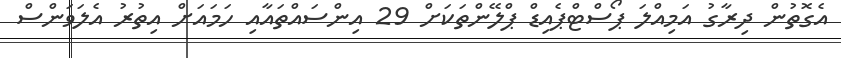
އެގޮތުން ދިރާގު އަމިއްލަ ޕޯސްޓްޕެއިޑް ޕްލޭންތަކަށް 29 އިންސައްތައާއި ހަމައަށް އިތުރު އެލަވަންސް